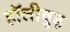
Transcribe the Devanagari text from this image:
हॉलीवुड़